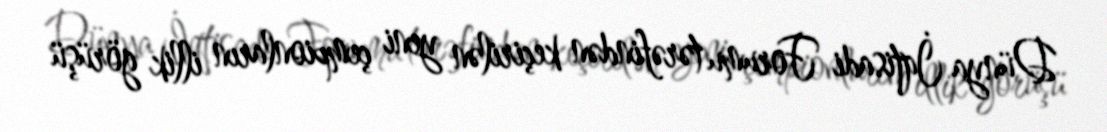
Dünya İqtisadi Forumu tərəfindən keçirilən yeni çempionların illik görüşü